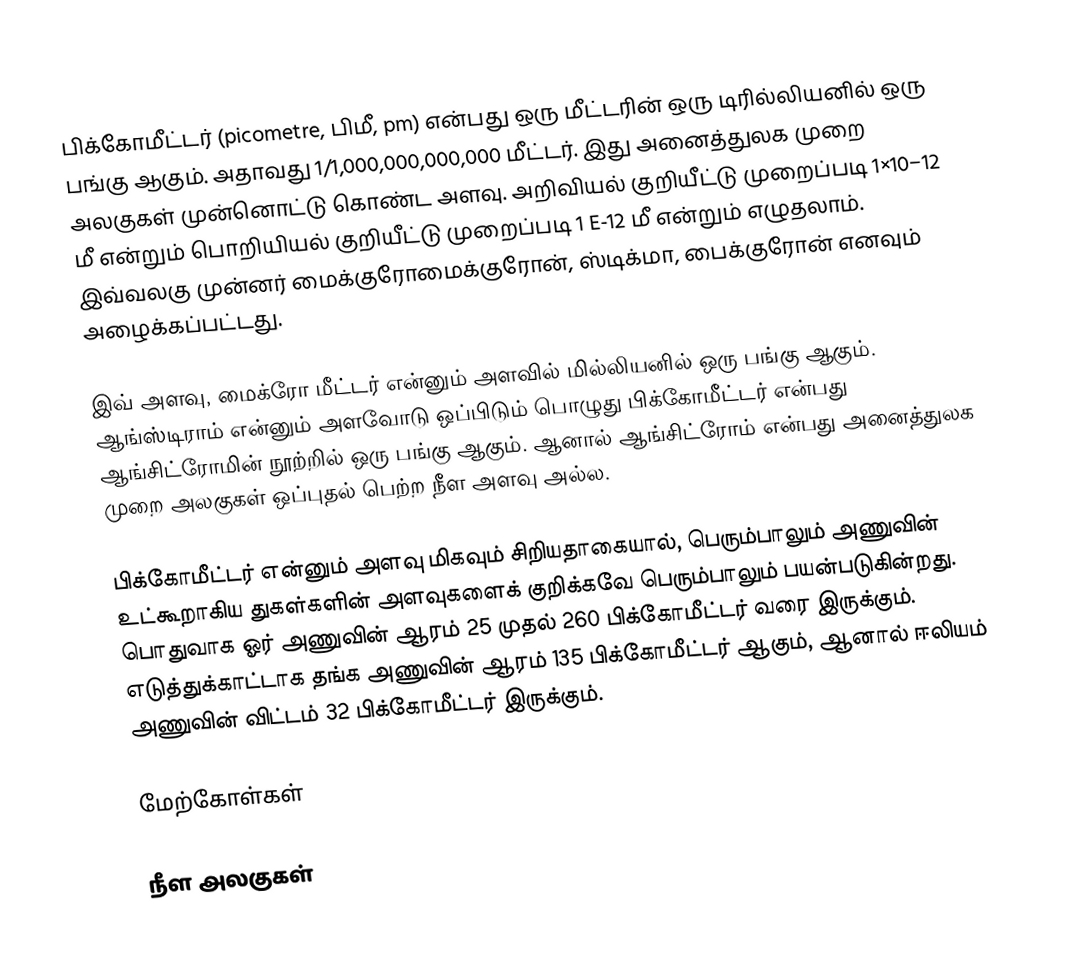
பிக்கோமீட்டர் (picometre, பிமீ, pm) என்பது ஒரு மீட்டரின் ஒரு டிரில்லியனில் ஒரு பங்கு ஆகும். அதாவது 1/1,000,000,000,000 மீட்டர். இது அனைத்துலக முறை அலகுகள் முன்னொட்டு கொண்ட அளவு. அறிவியல் குறியீட்டு முறைப்படி  1×10−12 மீ என்றும் பொறியியல் குறியீட்டு முறைப்படி 1 E-12 மீ என்றும் எழுதலாம். இவ்வலகு முன்னர் மைக்குரோமைக்குரோன், ஸ்டிக்மா, பைக்குரோன் எனவும் அழைக்கப்பட்டது.

இவ் அளவு, மைக்ரோ மீட்டர் என்னும் அளவில் மில்லியனில் ஒரு பங்கு ஆகும். ஆங்ஸ்டிராம் என்னும் அளவோடு ஒப்பிடும் பொழுது பிக்கோமீட்டர் என்பது ஆங்சிட்ரோமின் நூற்றில் ஒரு பங்கு ஆகும். ஆனால் ஆங்சிட்ரோம் என்பது அனைத்துலக முறை அலகுகள் ஒப்புதல் பெற்ற நீள அளவு அல்ல.

பிக்கோமீட்டர் என்னும் அளவு மிகவும் சிறியதாகையால், பெரும்பாலும் அணுவின் உட்கூறாகிய துகள்களின் அளவுகளைக் குறிக்கவே பெரும்பாலும் பயன்படுகின்றது. பொதுவாக ஓர் அணுவின் ஆரம் 25 முதல் 260 பிக்கோமீட்டர் வரை இருக்கும். எடுத்துக்காட்டாக தங்க அணுவின் ஆரம் 135 பிக்கோமீட்டர் ஆகும், ஆனால் ஈலியம் அணுவின் விட்டம் 32 பிக்கோமீட்டர் இருக்கும்.

மேற்கோள்கள்

நீள அலகுகள்